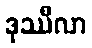
ဒုဿီလာ